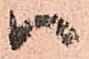
ハ